Veterinary [1904] -
Year: 1904
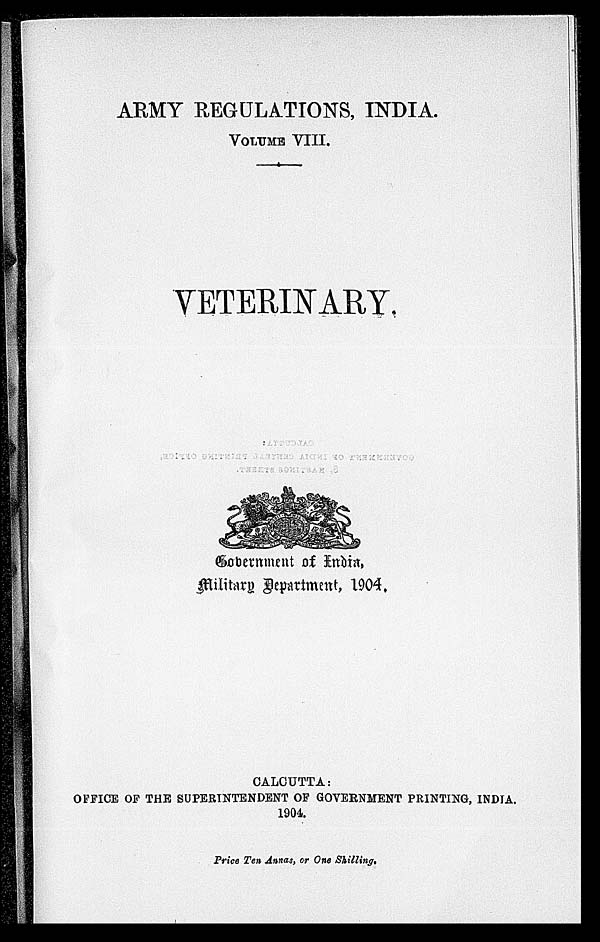
ARMY REGULATIONS, INDIA.
VOLUME VIII.
VETERINARY.
Government of India
Military Department, 1904.
CALCUTTA:
OFFICE OF THE SUPERINTENDENT OF GOVERNMENT PRINTING, INDIA.
1904.
Price Ten Annas, or One Shilling.